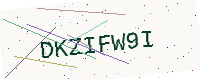
Text: DKZIFW9I